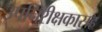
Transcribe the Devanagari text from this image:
उपनिरीक्षकासह